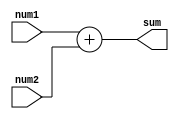
`timescale 1ns / 1ps
//////////////////////////////////////////////////////////////////////////////////
// Company: 
// Engineer: 
// 
// Design Name: 
// Module Name: adder
// Project Name: 
// Target Devices: 
// Tool Versions: 
// Description: 
// 
// Dependencies: 
// 
// Revision:
// Revision 0.01 - File Created
// Additional Comments:
// 
//////////////////////////////////////////////////////////////////////////////////


module Adder(
    input [31:0] num1,
    input [31:0] num2,
    output [31:0] sum
    );
    assign sum = num1 + num2;
endmodule